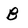
Character: B